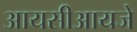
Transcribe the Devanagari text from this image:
आयसीआयजे